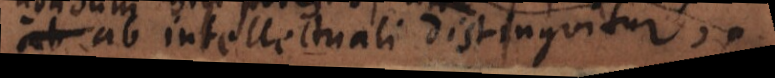
io ab intellectuali distinguitur